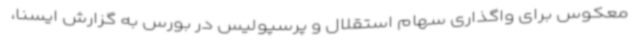
معکوس برای واگذاری سهام استقلال و پرسپولیس در بورس به گزارش ایسنا،